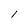
Character: I